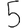
Digit: 5